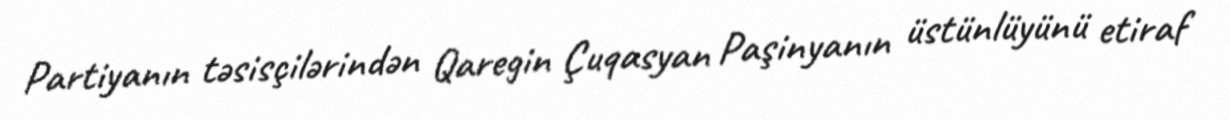
Partiyanın təsisçilərindən Qaregin Çuqasyan Paşinyanın üstünlüyünü etiraf